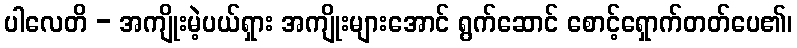
ပါလေတိ - အကျိုးမဲ့ပယ်ရှား အကျိုးများအောင် ရွက်ဆောင် စောင့်ရှောက်တတ်ပေ၏၊